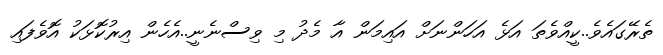
ތެރޭގައެވެ..ކީއްވެތަ އަޅެ އަހަންނަށް އައިމަން އާ މެދު މި ވިސްނެނީ..އެހެން އިރުކޮޅަކު އޮވެފައި